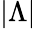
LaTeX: |\Lambda|